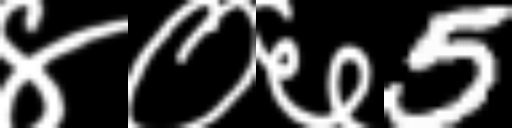
Text: ४०६5